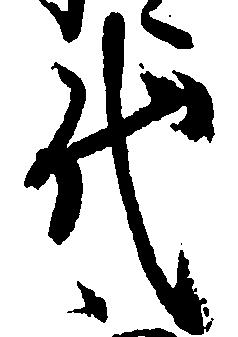
代